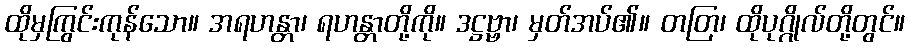
ထိုမှကြွင်းကုန်သော။ အရဟန္တာ၊ ရဟန္တာတို့ကို။ ဒဋ္ဌဗ္ဗာ၊ မှတ်အပ်၏။ တတြ၊ ထိုပုဂ္ဂိုလ်တို့တွင်။